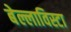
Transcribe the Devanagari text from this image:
बेल्लाविस्टा